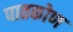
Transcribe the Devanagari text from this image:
पातकोण